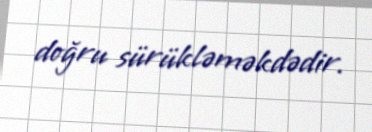
doğru sürükləməkdədir.